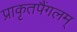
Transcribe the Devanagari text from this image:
प्राकृतपैंगलम्‌